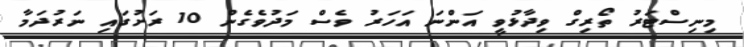
މިނިސްޓަރު ތޯރިގް ވިދާޅުވީ އަންނަ އަހަރު ވެސް މަދުވެގެން 10 ރަށުގައި ނަރުދަމާ